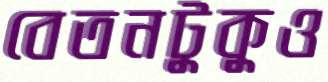
বেতনটুকুও